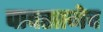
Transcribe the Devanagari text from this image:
पावसानेच